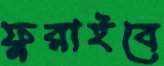
ফুরাইবে